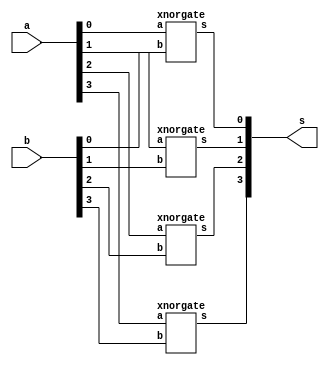
// -------------------------
// Exemplo0023  FULL SUBTRACT
// Nome: Andr Henriques Fernandes
// ------------------------- 
 
// ------------------------- 
//  full adder 
// ------------------------- 

module compIgualdade (output [3:0] s,
                               input [3:0] a,
                               input [3:0] b);

   xnorgate XNOR1(s[0],a[0],b[0]);
   xnorgate XNOR2(s[1],a[1],b[1]);
   xnorgate XNOR3(s[2],a[2],b[2]);
   xnorgate XNOR4(s[3],a[3],b[3]);

endmodule

module xnorgate (output s,
                               input a,  
                               input b);
  assign s = ~(a ^ b);
endmodule

module andgate (output s,
                               input a,  
                               input b);
  assign s = a & b;
endmodule

module notgate (output s,
                               input a);
  assign s = ~a;
endmodule

module xorgate (output s,
                               input a,  
                               input b);
  assign s = a ^ b;
endmodule
module orgate (output s,
                               input a,  
                               input b);
  assign s = a | b;
endmodule

module test_comp;
// ------------------------- definir dados 
      reg [3:0] x; 
      reg [3:0] y;
      wire [3:0] eq;

      compIgualdade COMP1(eq,x,y);

 
// ------------------------- parte principal 
 initial begin 
      $display("Exemplo0023 - Andr Henriques Fernandes - 427386");
      $display("Test ALUs full adder"); 
 
      $monitor("%4b %4b = %4b",x,y,eq);
      
      #1 x=4'b0110; y=4'b0100;

      #1 x=4'b0111; y=4'b0111;

      #1 x=4'b0101; y=4'b0111;

      #1 x=4'b0011; y=4'b0100;

      #1 x=4'b0100; y=4'b0010;
      
      // O bit do sinal est saindo com indefinido, nao entendi isso.
 
 end 
 
endmodule // test_fullAdder